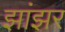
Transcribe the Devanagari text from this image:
झांझर